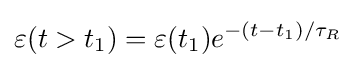
\varepsilon (t>t_{1})=\varepsilon (t_{1})e^{-(t-t_{1})/\tau _{R}}